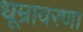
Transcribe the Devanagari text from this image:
धूम्रावरणा